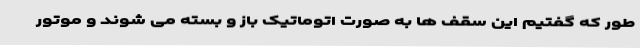
طور که گفتیم این سقف ها به صورت اتوماتیک باز و بسته می شوند و موتور